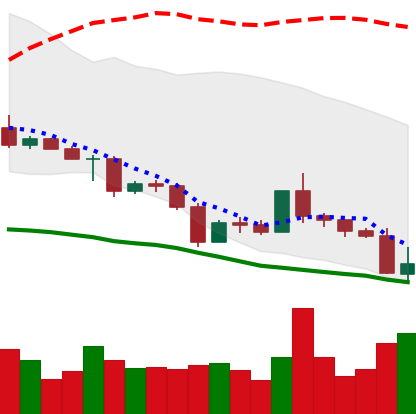
Ticker: ETC-USD
Chart end date: 2022-05-10
Forward return: -7.284%
Label: down_7plus